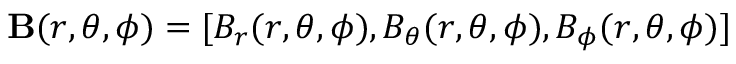
\mathbf { B } ( r , \theta , \phi ) = [ B _ { r } ( r , \theta , \phi ) , B _ { \theta } ( r , \theta , \phi ) , B _ { \phi } ( r , \theta , \phi ) ]